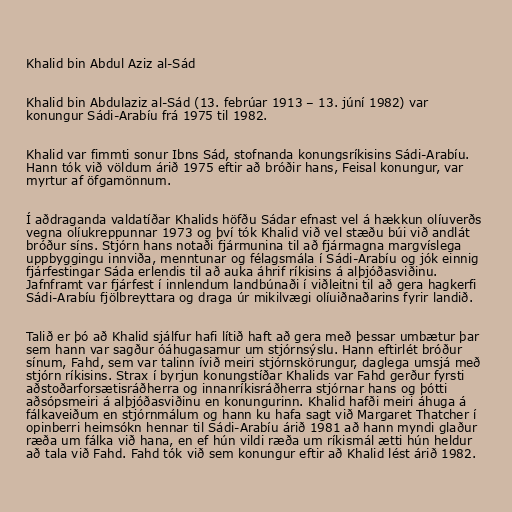
Khalid bin Abdul Aziz al-Sád

Khalid bin Abdulaziz al-Sád (13. febrúar 1913 – 13. júní 1982) var
konungur Sádi-Arabíu frá 1975 til 1982.

Khalid var fimmti sonur Ibns Sád, stofnanda konungsríkisins Sádi-Arabíu.
Hann tók við völdum árið 1975 eftir að bróðir hans, Feisal konungur, var
myrtur af öfgamönnum.

Í aðdraganda valdatíðar Khalids höfðu Sádar efnast vel á hækkun olíuverðs
vegna olíukreppunnar 1973 og því tók Khalid við vel stæðu búi við andlát
bróður síns. Stjórn hans notaði fjármunina til að fjármagna margvíslega
uppbyggingu innviða, menntunar og félagsmála í Sádi-Arabíu og jók einnig
fjárfestingar Sáda erlendis til að auka áhrif ríkisins á alþjóðasviðinu.
Jafnframt var fjárfest í innlendum landbúnaði í viðleitni til að gera hagkerfi
Sádi-Arabíu fjölbreyttara og draga úr mikilvægi olíuiðnaðarins fyrir landið.

Talið er þó að Khalid sjálfur hafi lítið haft að gera með þessar umbætur þar
sem hann var sagður óáhugasamur um stjórnsýslu. Hann eftirlét bróður
sínum, Fahd, sem var talinn ívið meiri stjórnskörungur, daglega umsjá með
stjórn ríkisins. Strax í byrjun konungstíðar Khalids var Fahd gerður fyrsti
aðstoðarforsætisráðherra og innanríkisráðherra stjórnar hans og þótti
aðsópsmeiri á alþjóðasviðinu en konungurinn. Khalid hafði meiri áhuga á
fálkaveiðum en stjórnmálum og hann ku hafa sagt við Margaret Thatcher í
opinberri heimsókn hennar til Sádi-Arabíu árið 1981 að hann myndi glaður
ræða um fálka við hana, en ef hún vildi ræða um ríkismál ætti hún heldur
að tala við Fahd. Fahd tók við sem konungur eftir að Khalid lést árið 1982.